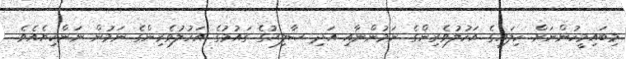
މިބައިމީހުންނަށް ހިލައިގެ އަހުލުވެރިންގެ ނަމުންނާއި އަދި ޞާލިޙުގެ ގައުމުގެ އަހުލުވެރިންގެ ނަމުން ނަންކިޔެއެވެ.